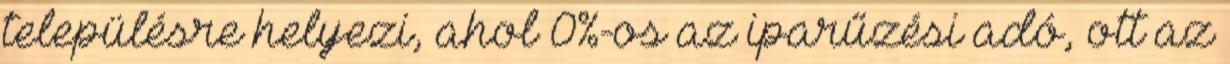
településre helyezi, ahol 0%-os az iparűzési adó, ott az